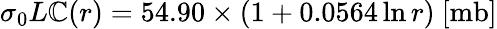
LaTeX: \sigma_{0}L\mathbb{C}(r)=54.90\times(1+0.0564\ln{r})~[\mathrm{{mb]}}